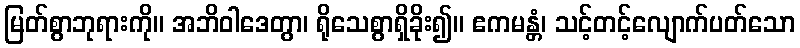
မြတ်စွာဘုရားကို။ အဘိဝါဒေတွာ၊ ရိုသေစွာရှိခိုး၍။ ဧကမန္တံ၊ သင့်တင့်လျောက်ပတ်သော